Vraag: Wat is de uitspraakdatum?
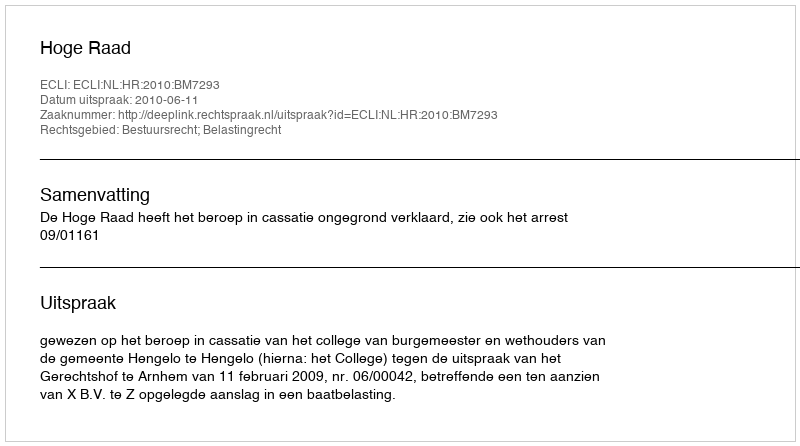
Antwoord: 2010-06-11